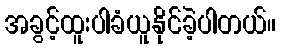
အခွင့်ထူးပါခံယူနိုင်ခဲ့ပါတယ်။